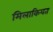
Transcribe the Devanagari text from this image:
मिलाकियत